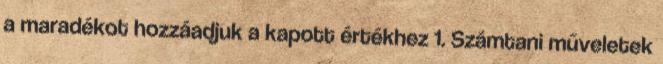
a maradékot hozzáadjuk a kapott értékhez 1. Számtani műveletek